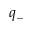
q _ { - }